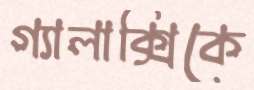
গ্যালাক্সিকে